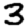
Digit: 3